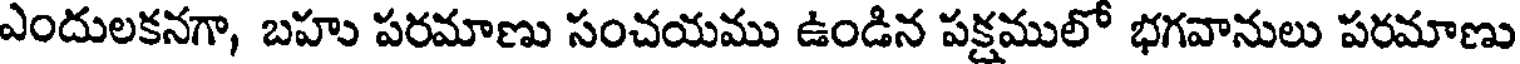
ఎందులకనగా, బహు పరమాణు సంచయము ఉండిన పక్షములో భగవానులు పరమాణు